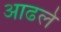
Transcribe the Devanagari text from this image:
आढले